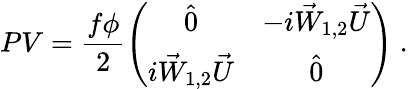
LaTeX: PV=\frac{f\phi}{2}\left(\begin{array}{cc}{{\hat{0}}}&{{-i\vec{W}_{1,2}\vec{U}}}\\ {{i\vec{W}_{1,2}\vec{U}}}&{{\hat{0}}}\end{array}\right)~.